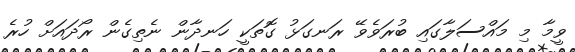
ވީމާ މި މައްސަލާގައި ބުރަވެވޭ ރަނގަޅު ގޮތަކީ ހަނދާން ނެތިގެން ރޯދައަށް ހުރެ